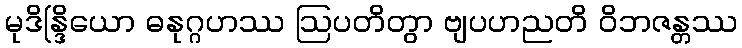
မုဒိန္ဒြိယော ဓနုဂ္ဂဟဿ ဩပတိတွာ ဗျပဟညတိ ဝိဘဇန္တဿ